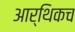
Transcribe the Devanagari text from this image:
आर्थिकच